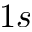
1 s